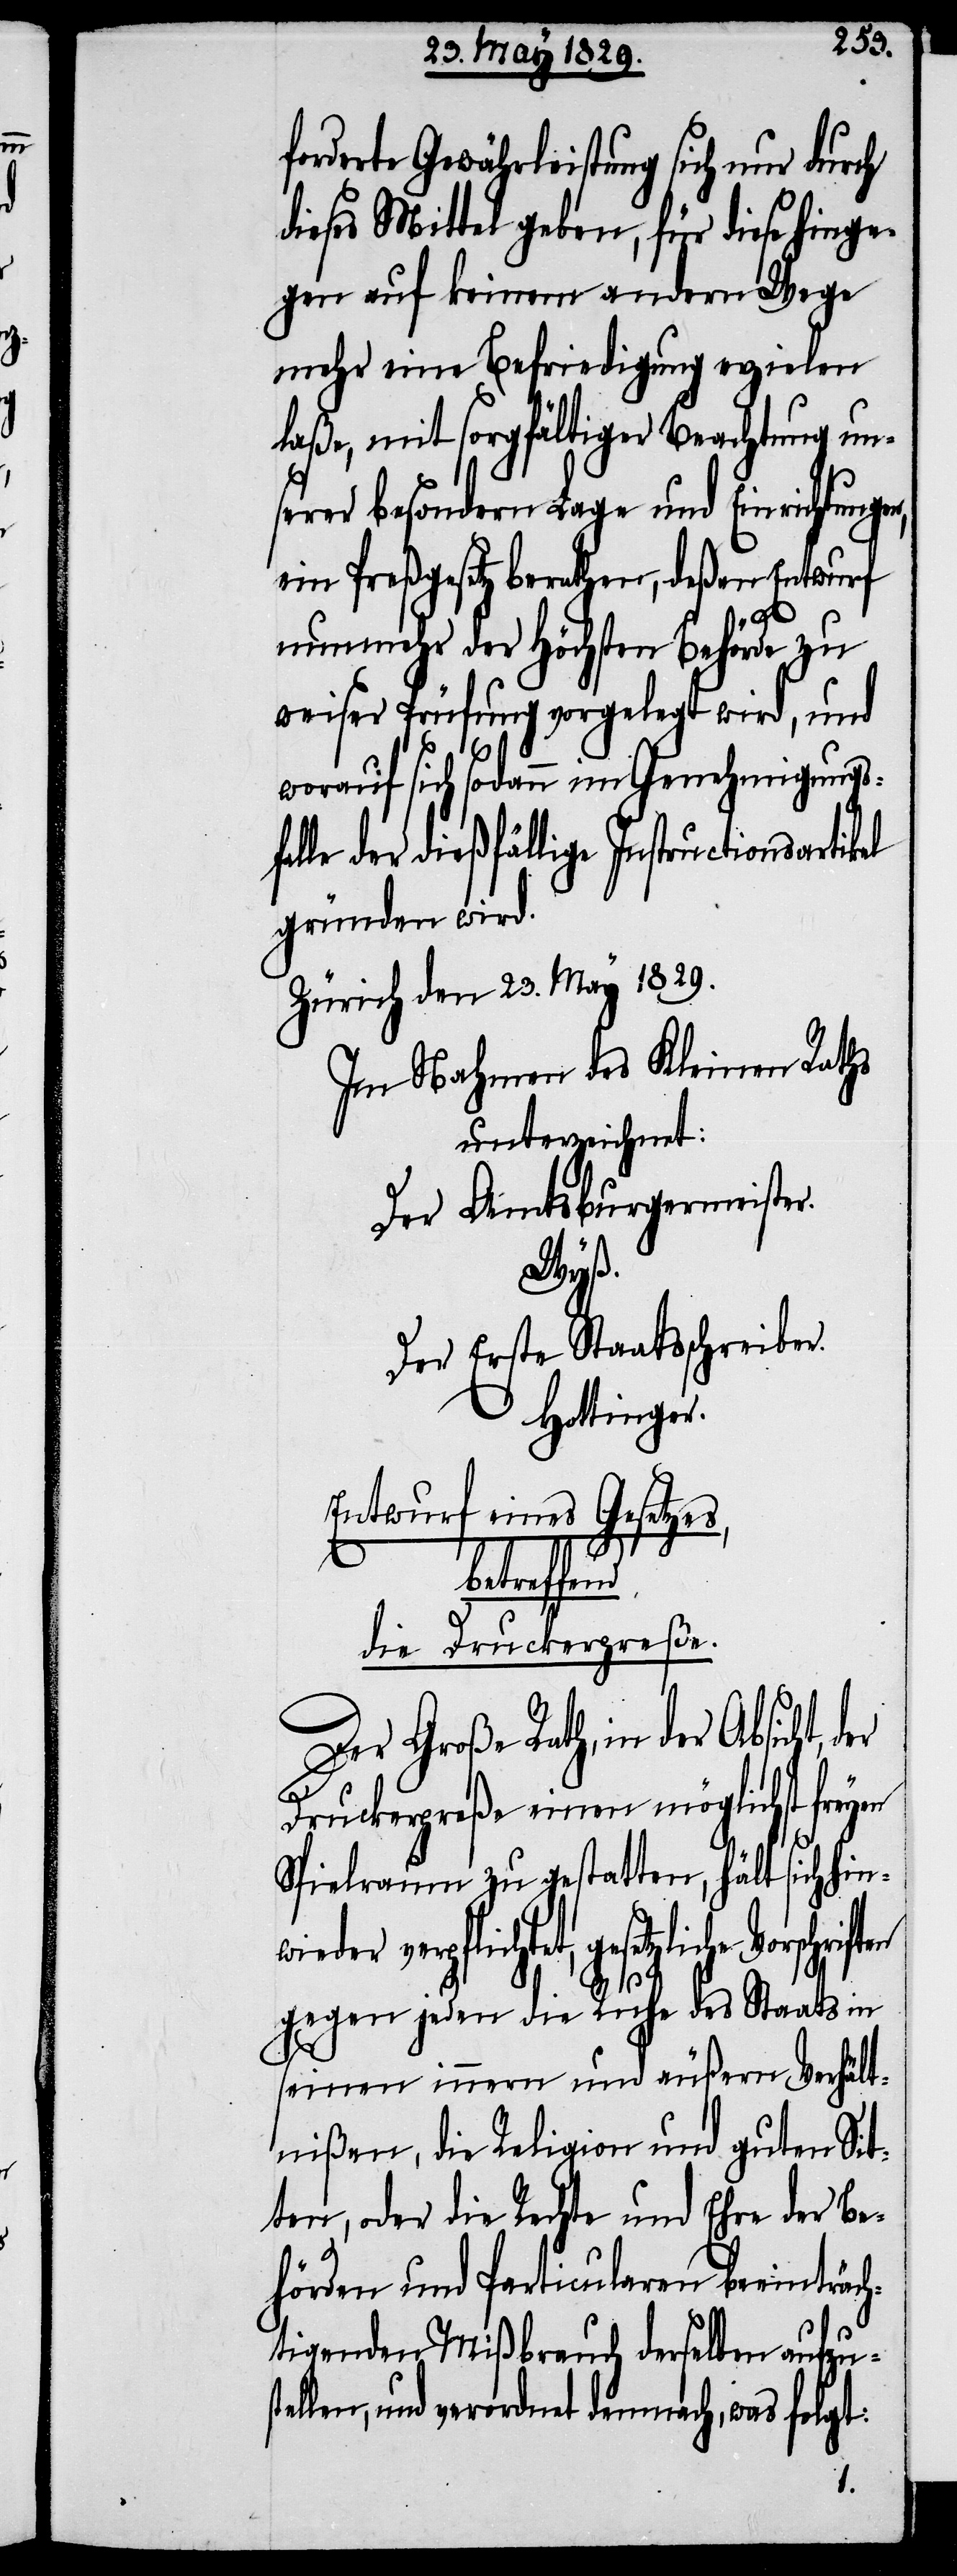
forderte Gewährleistung sich nur durch
dieses Mittel geben, für diese hinge¬
gen auf keinem andern Wege
mehr eine Befriedigung erzielen
laße, mit sorgfältiger Beachtung un¬
serer besondern Lage und Einrichtungen,
ein Preßgesetz berathen, deßen Entwurf
nunmehr der Höchsten Behörde zu
weiser Prüfung vorgelegt wird, und
worauf sich sodann im Genehmigungs¬
falle der dießfällige Instructionsartikel
gründen wird.
Zürich den 23. May 1829.
Im Nahmen des Kleinen Raths
unterzeichnet:
Der Amtsburgermeister.
stel¬
Der Erste Staatsschreiber.
Hottinger.
Entwurf eines Gesetzes,
betreffe¬
die Druckerpreße.
Der Große Rath, in der
Druckerpreße einen möglichst freyen
Spielraum zu gestatten, hält sich hin¬
wieder verpflichtet, gesetzliche
nd
gegen jeden die Ruhe des Staates in
seinen innern und äußern Verhält¬
nißen, die Religion und guten Sit¬
ten, oder die Rechte und Ehre der Be¬
hörden und Particularen beeinträch¬
tigenden Mißbrauch derselben aufzu¬
len, und verordnet demnach, was folgt: